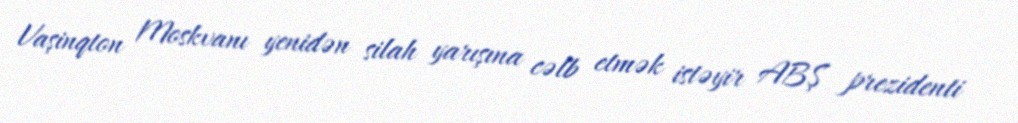
Vaşinqton Moskvanı yenidən silah yarışına cəlb etmək istəyir ABŞ prezidenti